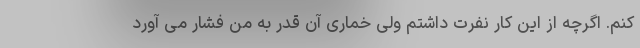
کنم. اگرچه از این کار نفرت داشتم ولی خماری آن قدر به من فشار می آورد